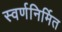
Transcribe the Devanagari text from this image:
स्वर्णनिर्मित